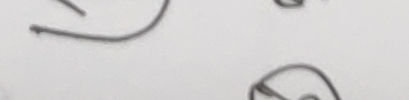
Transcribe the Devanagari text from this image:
२म
८अ